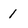
Character: 1